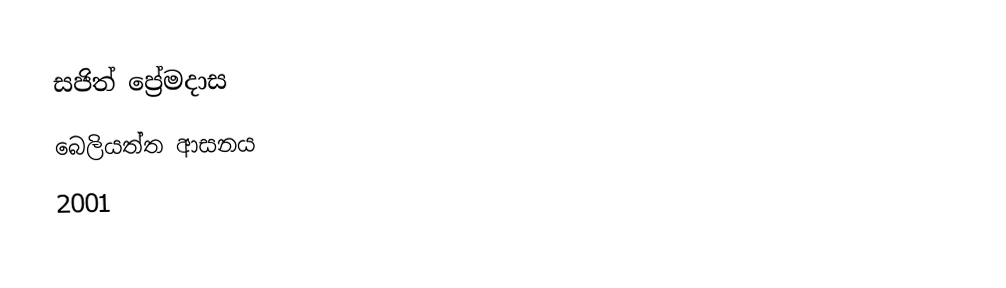
සජිත් ප්‍රේමදාස
බෙලියත්ත ආසනය
2001